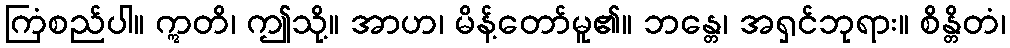
ကြံစည်ပါ။ ဣတိ၊ ဤသို့။ အာဟ၊ မိန့်တော်မူ၏။ ဘန္တေ၊ အရှင်ဘုရား။ စိန္တိတံ၊